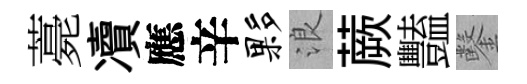
薧凟應辛夥浪蕨豔鑿